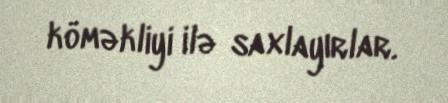
köməkliyi ilə saxlayırlar.